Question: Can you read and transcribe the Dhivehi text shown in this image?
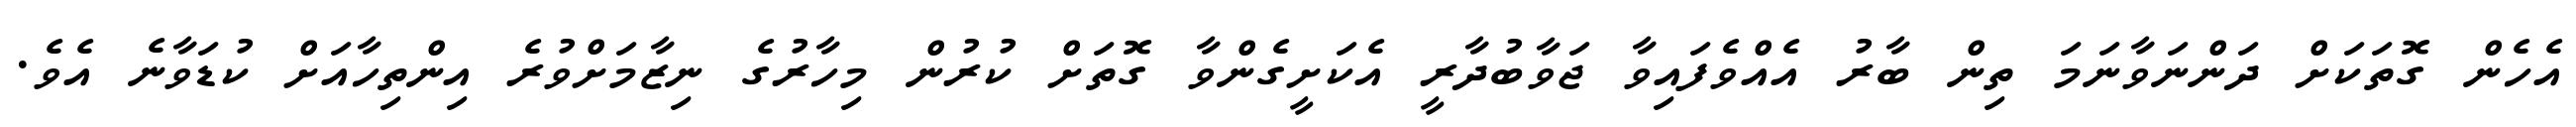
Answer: އެހެން ގޮތަކަށް ދަންނަވާނަމަ ތިން ބާރު އެއްވެފައިވާ ޖަވާބުދާރީ އެކަށީގެންވާ ގޮތަށް ކުރުން މިހާރުގެ ނިޒާމަށްވުރެ އިންތިހާއަށް ކުޑަވާނެ އެވެ.